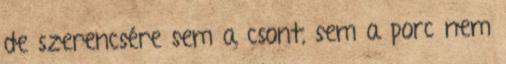
de szerencsére sem a csont, sem a porc nem